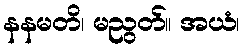
နနမတိ၊ မညွတ်။ အယံ၊